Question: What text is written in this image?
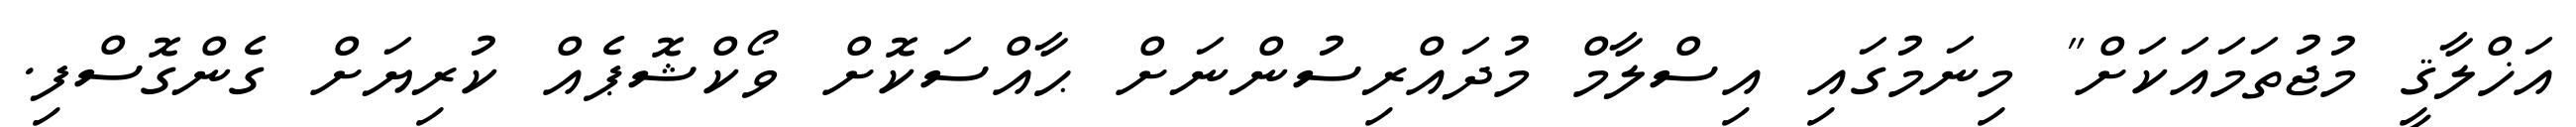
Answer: އަޚްލާޤީ މުޖުތަމައަކަށް" މިނަމުގައި އިސްލާމް މުދައްރިސުންނަށް ޙާއްސަކޮށް ވޯކްޝޮޕެއް ކުރިޔަށް ގެންގޮސްފި.